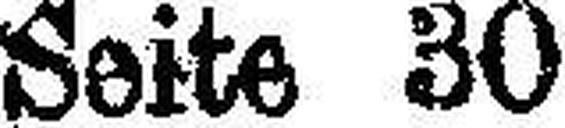
Seite 30